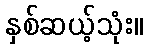
နှစ်ဆယ့်သုံး။